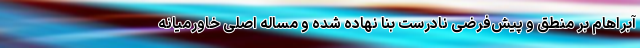
آبراهام بر منطق و پیش‌فرضی نادرست بنا نهاده شده و مساله اصلی خاورمیانه